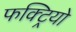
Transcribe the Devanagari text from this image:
फक्ट्रियो